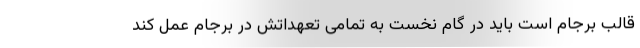
قالب برجام است باید در گام نخست به تمامی تعهداتش در برجام عمل کند